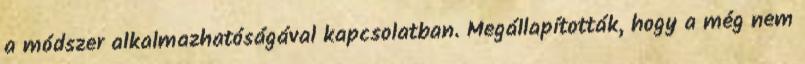
a módszer alkalmazhatóságával kapcsolatban. Megállapították, hogy a még nem